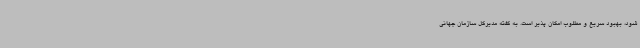
شود، بهبود سریع و مطلوب امکان پذیر است. به گفته مدیرکل سازمان جهانی